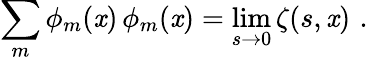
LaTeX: \sum_{m}\phi_{m}(\mathit{x})\, \phi_{m}(\mathit{x})=\operatorname*{lim}_{s\rightarrow0}\zeta(s,\mathit{x})\, \, .